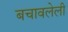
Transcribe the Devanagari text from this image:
बचावलेली